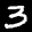
Label: 3